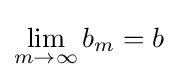
\lim _{m\to \infty }b_{m}=b